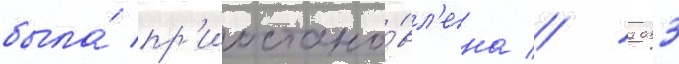
была́ пр'иостано́вл'ена // 2033